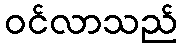
ဝင်လာသည်